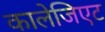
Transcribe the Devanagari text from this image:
कालेजिएट